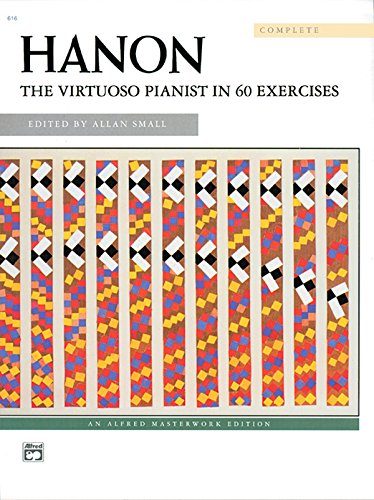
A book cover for Hanon: The Virtuoso Pianist in 60 Exercises; Charles-Louis Hanon; Arts & Photography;